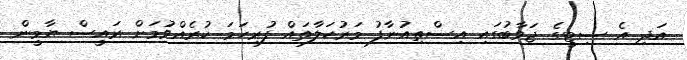
އަދި އެ ސިޓީގެ ޖަވާބުގައި އިސްތިއުނާފު މަރުހަލާތައް ފުރިހަމަ ކުރެއްވުމަށް ރައީސް ޔާމީން